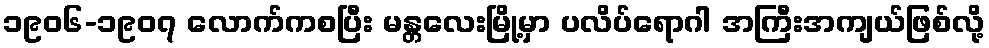
၁၉၀၆-၁၉၀၇ လောက်ကစပြီး မန္တလေးမြို့မှာ ပလိပ်ရောဂါ အကြီးအကျယ်ဖြစ်လို့